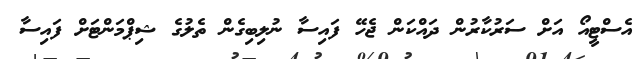
އެސްޓީއޯ އަށް ސަރުކާރުން ދައްކަން ޖެހޭ ފައިސާ ނުލިބިގެން ތެލުގެ ޝިޕްމަންޓަށް ފައިސާ